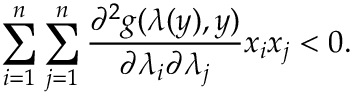
\sum _ { i = 1 } ^ { n } \sum _ { j = 1 } ^ { n } \frac { \partial ^ { 2 } g ( \lambda ( y ) , y ) } { \partial \lambda _ { i } \partial \lambda _ { j } } x _ { i } x _ { j } < 0 .